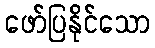
ဖော်ပြနိုင်သော